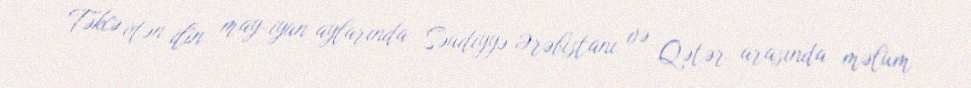
Təkcə ötən ilin may-iyun aylarında Səudiyyə Ərəbistanı və Qətər arasında məlum